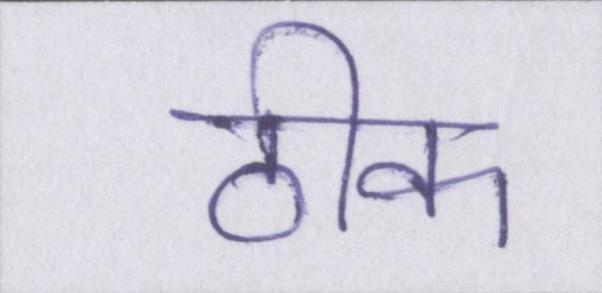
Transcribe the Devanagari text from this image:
ठीक